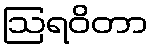
ဩရဝိတာ